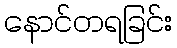
နောင်တရခြင်း